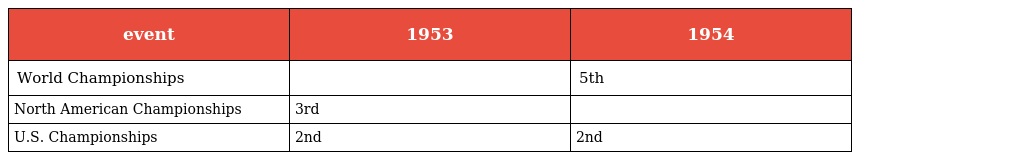
| event | 1953 | 1954 |
 | --- | --- | --- |
 | World Championships |  | 5th |
 | North American Championships | 3rd |  |
 | U.S. Championships | 2nd | 2nd |